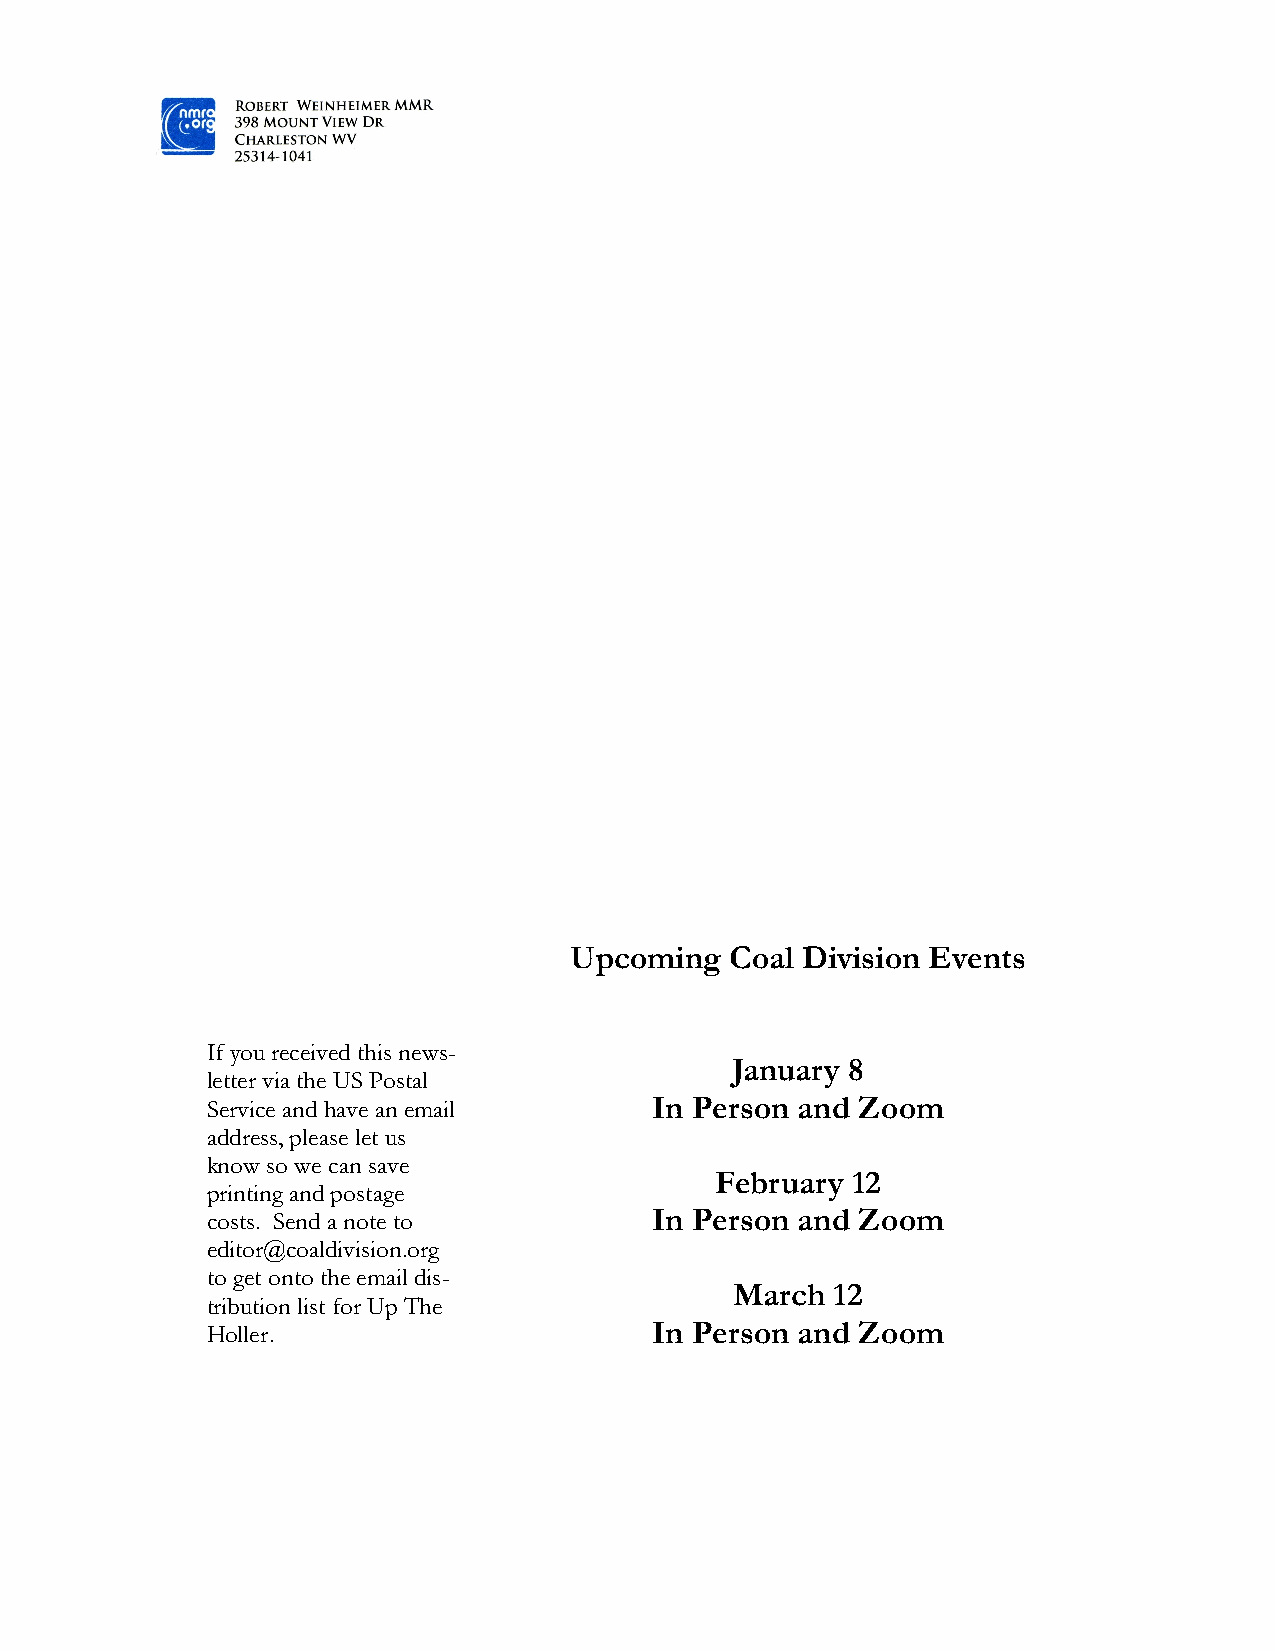
18
 Upcoming  Coal Division Events
 If you received this news-
 January 8
 letter via the US Postal
 Service and have an email    In Person and Zoom
 address, please let us
 know so we can save
 February 12
 printing and postage
 costs. Send a note to        In Person and Zoom
 editor@coaldivision.org
 to get onto the email dis-
 March 12
 tribution list for Up The
 Holler.                      In Person and Zoom